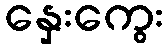
နှေးကွေး